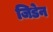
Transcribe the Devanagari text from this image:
जिडेन